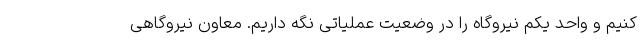
کنیم و واحد یکم نیروگاه را در وضعیت عملیاتی نگه‌ داریم. معاون نیروگاهی